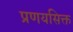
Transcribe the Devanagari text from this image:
प्रणयसिक्त